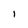
Character: I